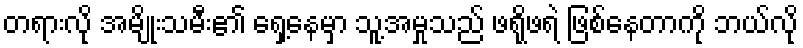
တရားလို အမျိုးသမီး၏ ရှေ့နေမှာ သူ့အမှုသည် ဖရိုဖရဲ ဖြစ်နေတာကို ဘယ်လို